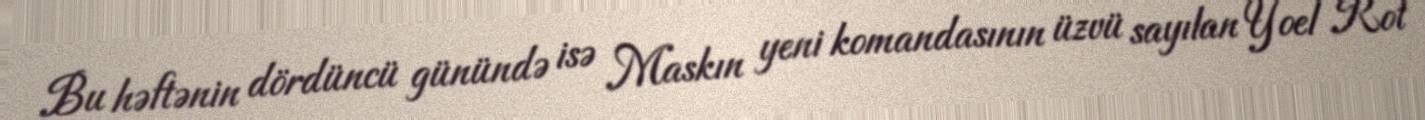
Bu həftənin dördüncü günündə isə Maskın yeni komandasının üzvü sayılan Yoel Rot